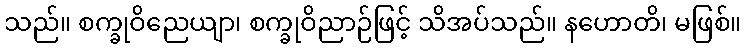
သည်။ စက္ခုဝိညေယျာ၊ စက္ခုဝိညာဉ်ဖြင့် သိအပ်သည်။ နဟောတိ၊ မဖြစ်။